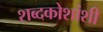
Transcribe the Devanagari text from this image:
शब्दकोशांशी